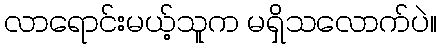
လာရောင်းမယ့်သူက မရှိသလောက်ပဲ။